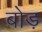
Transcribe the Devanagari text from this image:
बोड़